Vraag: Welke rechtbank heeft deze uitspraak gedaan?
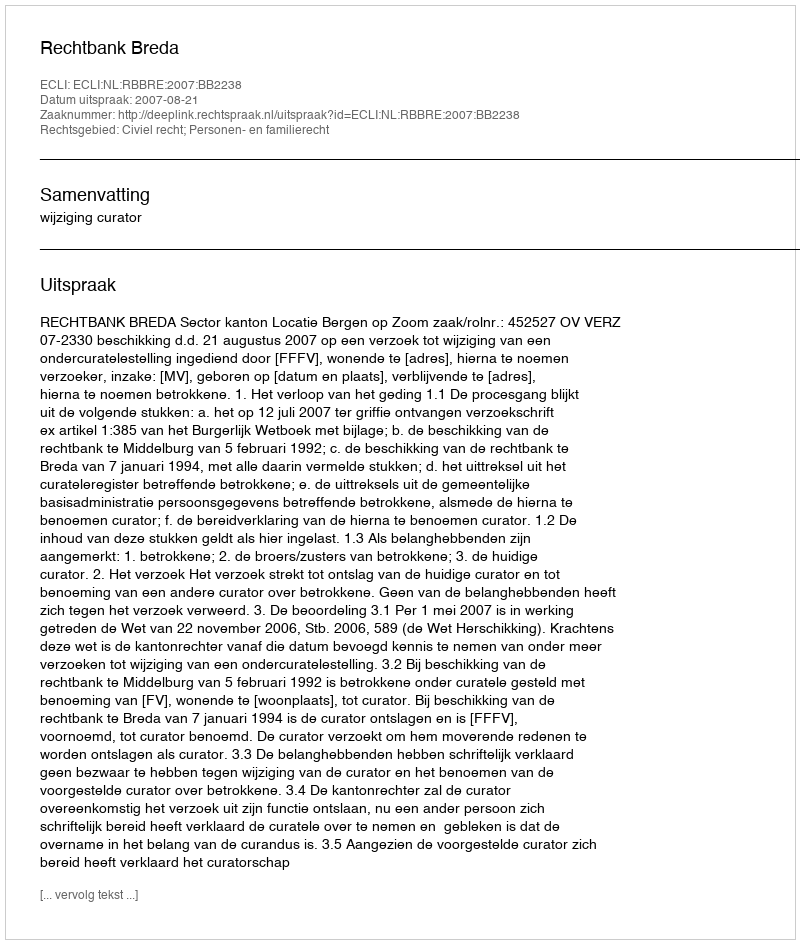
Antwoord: Rechtbank Breda